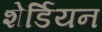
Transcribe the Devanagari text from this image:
शेर्डियन